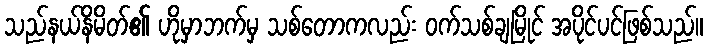
သည်နယ်နိမိတ်၏ ဟိုမှာဘက်မှ သစ်တောကလည်း ဝက်သစ်ချမြိုင် အပိုင်ပင်ဖြစ်သည်။